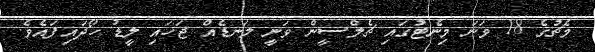
މެޗުގެ 18 ވަނަ މިނެޓުގައި ޗެލްސީން ވަނީ ލަނޑެއް ޖަހައި ލީޑު ހޯދައިފައެވެ.